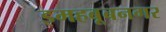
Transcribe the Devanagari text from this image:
इमहबूबनगर